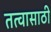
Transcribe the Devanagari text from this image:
तत्वासाठी